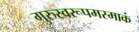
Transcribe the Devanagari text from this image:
गुरुस्वरूपमस्माकं